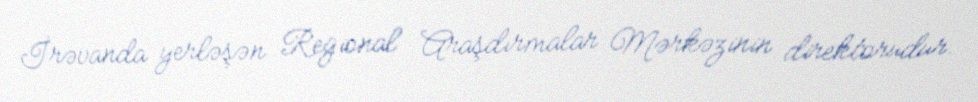
İrəvanda yerləşən Regional Araşdırmalar Mərkəzinin direktorudur.